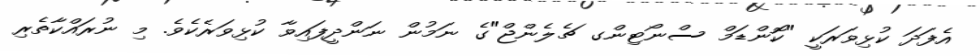
އެފަދަ ކުޅިވަރަކީ "ކޮންޑަމް ސްނޯޓިންގ ޗެލެންޖް"ގެ ނަމުން ނަންދީފައިވާ ކުޅިވަރެކެވެ. މި ނުރައްކާތެރި